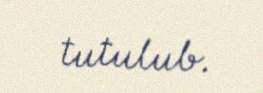
tutulub.